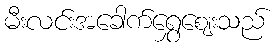
မီးလင်းအခေါက်ရွှေဈေးသည်